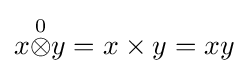
x{\stackrel {0}{\otimes }}y=x\times y=xy